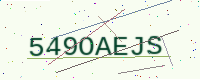
Text: 549OAEJS